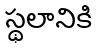
స్థలానికి